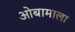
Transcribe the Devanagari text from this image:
ओबामाला